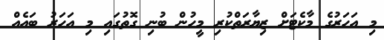
މި އަހަރުގެ މާކެޓަށް ޒިޔާރަތްކުރި މީހުން ބުނި ގޮތުގައި މި އަހަރު ބައެއް